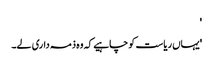
'
'یہاں ریاست کو چاہیے کہ وہ ذمہ داری لے۔